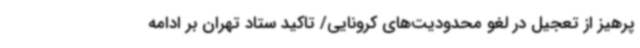
پرهیز از تعجیل در لغو محدودیت‌های کرونایی/ تاکید ستاد تهران بر ادامه